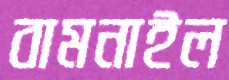
বামনাইল